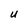
Character: u